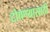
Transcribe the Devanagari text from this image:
टोचण्यासाठी